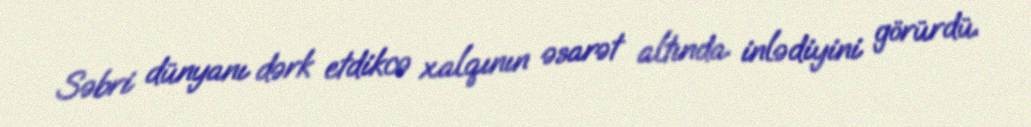
Səbri dünyanı dərk etdikcə xalqının əsarət altında inlədiyini görürdü.